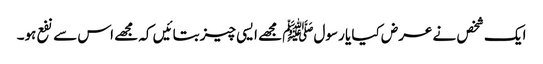
ایک شخص نے عرض کیا یا رسولﷺ مجھے ایسی چیز بتائیں کہ مجھے اس سے نفع ہو۔